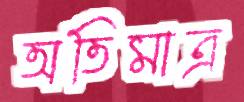
অতিমাত্র